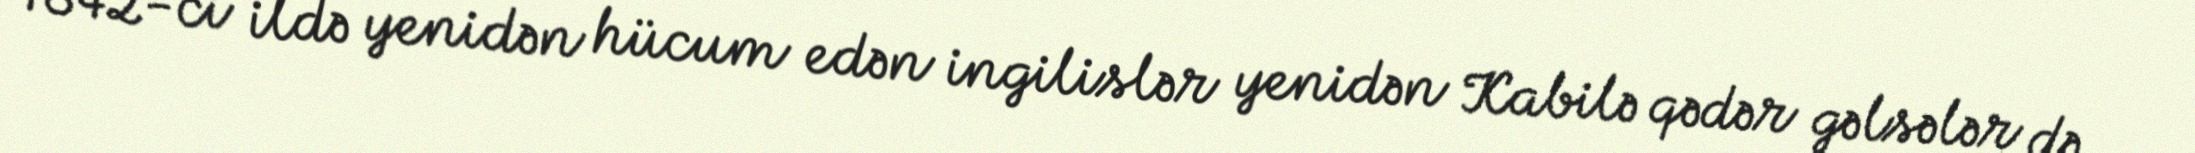
1842-ci ildə yenidən hücum edən ingilislər yenidən Kabilə qədər gəlsələr də,